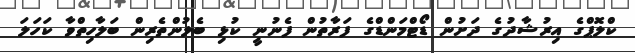
ކްލޮޕްގެ އިރުޝާދުގެ ދަށުން ޑޯޓްމަންޑްގެ ފަރާތުން ފެނުނީ ކުޅި ބެލުންތެރިން ބަލާހިތްވާ ކަަހަލަ